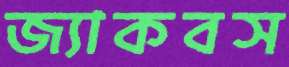
জ্যাকবস